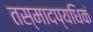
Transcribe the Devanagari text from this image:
तस्मादप्यधिकं